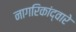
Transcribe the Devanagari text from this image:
नागरिकांद्वारे